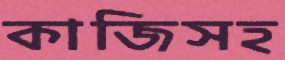
কাজিসহ